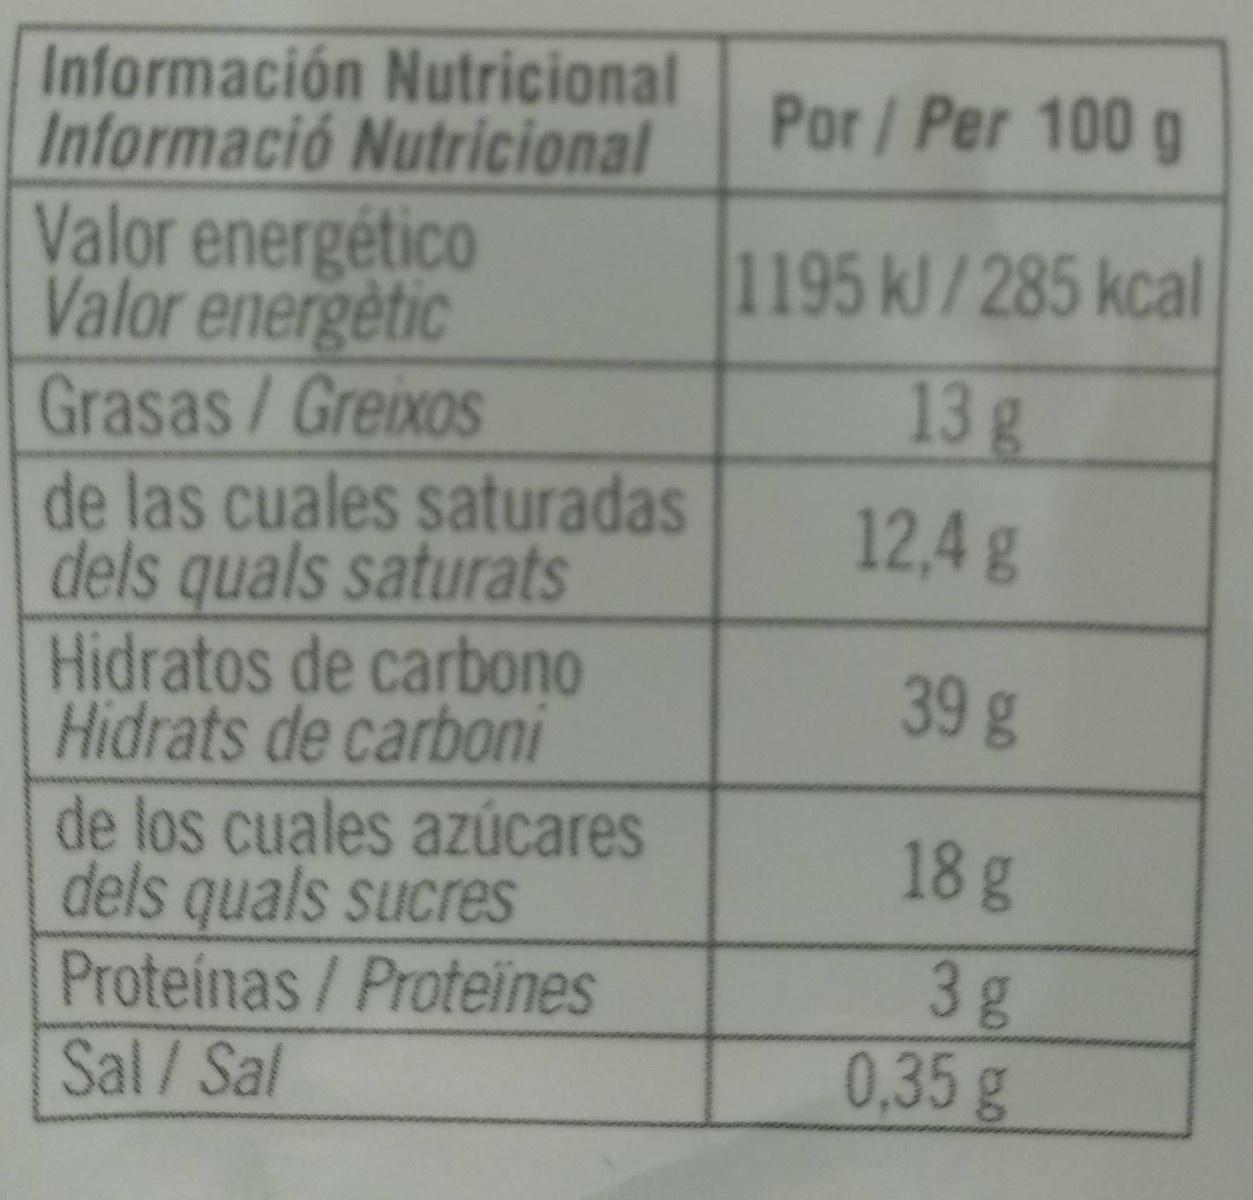
Información Nutricional Informació Nutricional Valor energético Valor energetic Grasas/Greixos de las cuales saturadas dels quals saturats Hidratos de carbono Hidrats de carboni de los cuales azúcares dels quals sucres Proteínas/ Proteines Sal/Sal
Por/ Per 100 g
1195 kJ/285 kcal
13g
12,4g
39g
18g
3g 0,35g